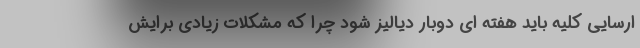
ارسایی کلیه باید هفته ای دوبار دیالیز شود چرا که مشکلات زیادی برایش